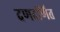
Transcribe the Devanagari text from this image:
दणदणित